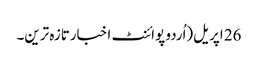
26 اپریل(اُردو پوائنٹ اخبارتازہ ترین۔